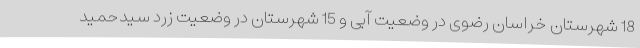
18 شهرستان خراسان رضوی در وضعیت آبی و 15 شهرستان در وضعیت زرد سیدحمید